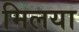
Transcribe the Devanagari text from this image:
मिलया